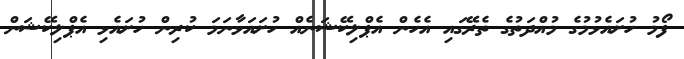
ފޯމު ހުށައެޅުމުގެ މުއްދަތުގެ ތެރޭގައި އެހެން އެޕްލިކޭޝަނެއް ހުށައަޅާނަމަ ކުރިން ހުށައެޅި އެޕްލިކޭޝަން